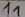
Text: 11